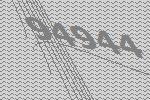
94944